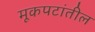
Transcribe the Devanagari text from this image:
मूकपटांतील